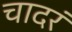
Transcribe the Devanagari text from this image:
चादरं